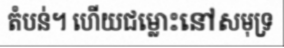
តំបន់។ ហើយជម្លោះនៅសមុទ្រ